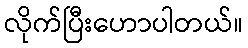
လိုက်ပြီးဟောပါတယ်။